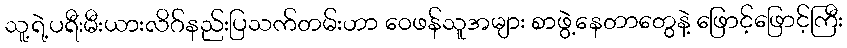
သူ့ရဲ့ပရီးမီးယားလိဂ်နည်းပြသက်တမ်းဟာ ဝေဖန်သူအများ စာဖွဲ့နေတာတွေနဲ့ ဖြောင့်ဖြောင့်ကြီး